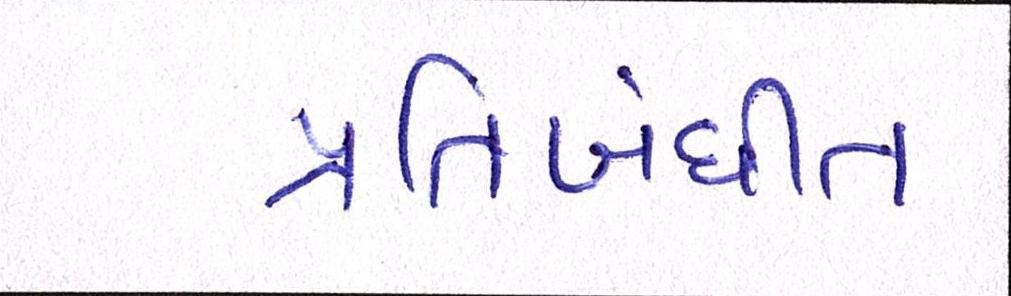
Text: પ્રતિબંધીત